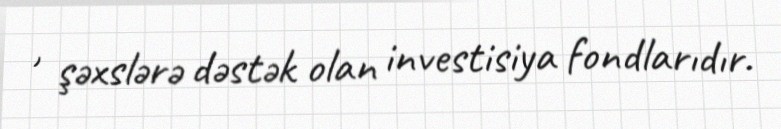
, şəxslərə dəstək olan investisiya fondlarıdır.